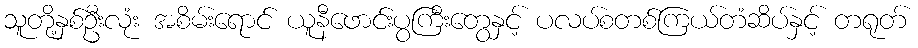
သူတို့နှစ်ဦးလုံး အစိမ်းရောင် ယူနီဖောင်းပွကြီးတွေနှင့် ပလပ်စတစ်ကြယ်တံဆိပ်နှင့် တရုတ်